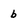
Character: b